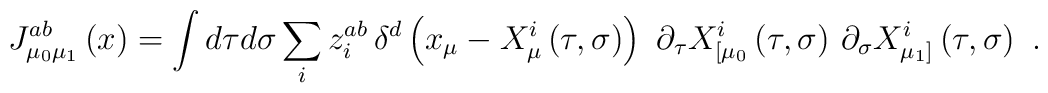
J_{{\mu_0} {\mu_1} }^{ab}\left( x\right) =\int d\tau d\sigma \sum_iz_i^{ab}\,\delta^d\left( x_\mu-X^i_\mu\left( \tau ,\sigma \right) \right) \,\,\partial _\tau X_{[{\mu_0}}^i\left( \tau ,\sigma \right) \,\partial _\sigma X_{{\mu_1} ]}^i\left( \tau,\sigma \right) \,\,.